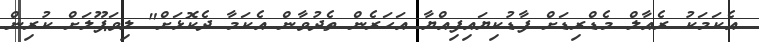
އެކަމަކު ރެއާލް މެޑްރިޑަށް ފާޑުކިޔައިފިއްޔާ އަހަރެން ތެދުވާން އެކަމާ ދެކޮޅަށް" ލިވަޕޫލަށް ކުރިން